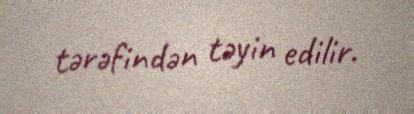
tərəfindən təyin edilir.